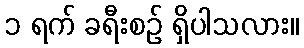
၁ ရက် ခရီးစဉ် ရှိပါသလား။